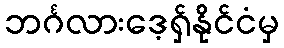
ဘင်္ဂလားဒေ့ရှ်နိုင်ငံမှ